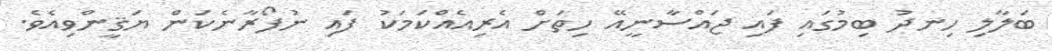
ބަލާލި ހިނދު ބިމުގައި ފައި ޖައްސާނީއޭ ހިތަށް އެރިއެއްކަމަކު ފައި ނުފޯރާނެކަން ޔަޤީންވިއެވެ.